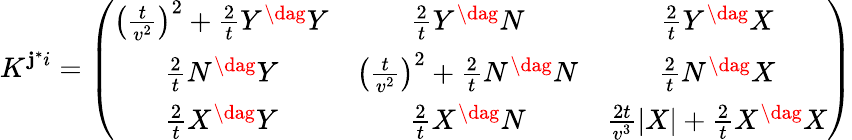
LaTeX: K^{\mathbf{j}^{*}i}=\left(\begin{array}{ccc}{{\left(\frac{t}{v^{2}}\right)^{2}+\frac{2}{t}Y^{\dag}Y}}&{{\frac{2}{t}Y^{\dag}N}}&{{\frac{2}{t}Y^{\dag}X}}\\ {{\frac{2}{t}N^{\dag}Y}}&{{\left(\frac{t}{v^{2}}\right)^{2}+\frac{2}{t}N^{\dag}N}}&{{\frac{2}{t}N^{\dag}X}}\\ {{\frac{2}{t}X^{\dag}Y}}&{{\frac{2}{t}X^{\dag}N}}&{{\frac{2t}{v^{3}}|X|+\frac{2}{t}X^{\dag}X}}\end{array}\right)